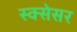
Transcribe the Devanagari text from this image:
स्क्सेसर